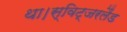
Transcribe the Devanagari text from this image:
था।स्विट्जरलैंड